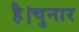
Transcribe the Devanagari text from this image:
है।चुनार